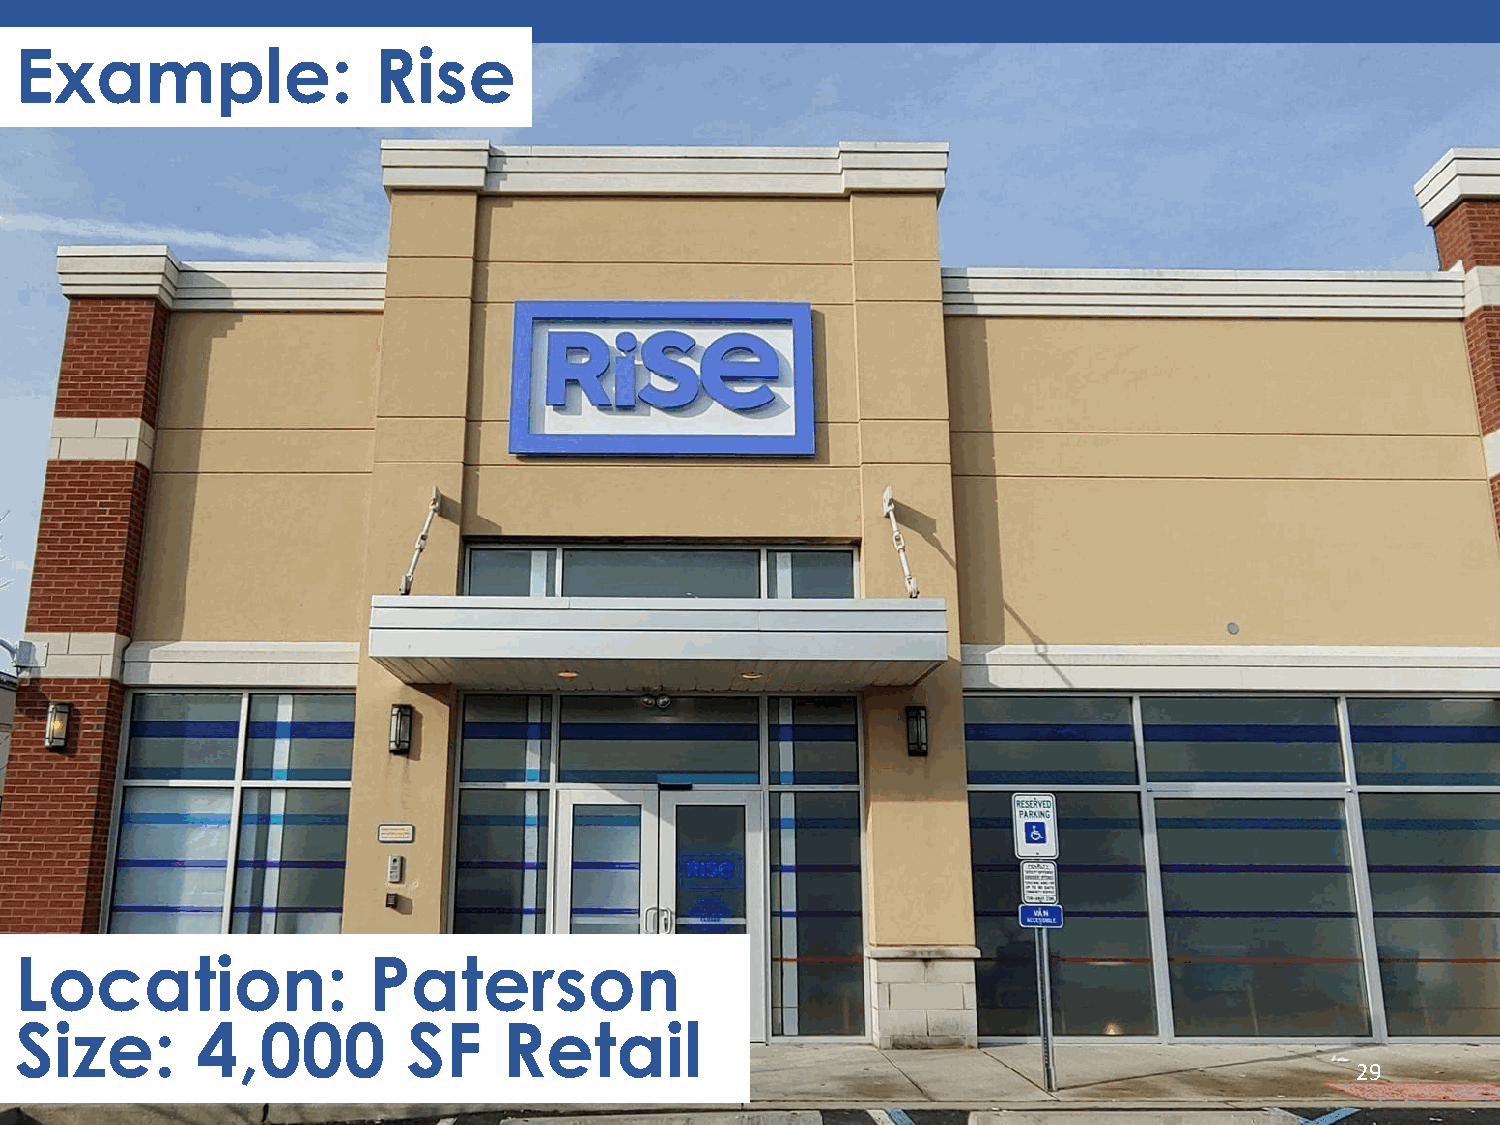
Example:                Rise
 Location:              Paterson
 Size:       4,000         SF    Retail
 29